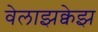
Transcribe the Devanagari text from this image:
वेलाझक्वेझ